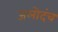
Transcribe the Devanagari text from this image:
जलोदंच